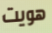
هويت